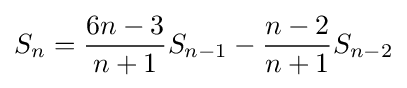
S_{n}={\frac {6n-3}{n+1}}S_{n-1}-{\frac {n-2}{n+1}}S_{n-2}